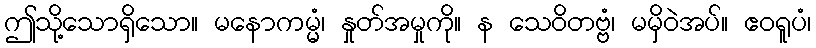
ဤသို့သောရှိသော။ မနောကမ္မံ၊ နှုတ်အမှုကို။ န သေဝိတဗ္ဗံ၊ မမှိဝဲအပ်။ ဧဝရူပံ၊